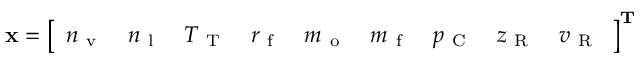
\mathbf { x } = \left[ \begin{array} { l l l l l l l l l } { n _ { \mathrm { ~ v ~ } } } & { n _ { \mathrm { ~ l ~ } } } & { T _ { \mathrm { ~ T ~ } } } & { r _ { \mathrm { ~ f ~ } } } & { m _ { \mathrm { ~ o ~ } } } & { m _ { \mathrm { ~ f ~ } } } & { p _ { \mathrm { ~ C ~ } } } & { z _ { \mathrm { ~ R ~ } } } & { v _ { \mathrm { ~ R ~ } } } \end{array} \right] ^ { \mathbf { T } }